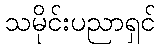
သမိုင်းပညာရှင်